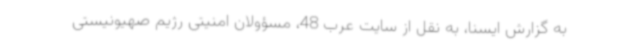
به گزارش ایسنا، به نقل از سایت عرب 48، مسؤولان امنیتی رژیم صهیونیستی